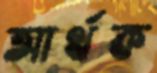
আর্থক